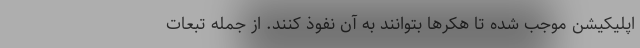
اپلیکیشن موجب شده تا هکرها بتوانند به آن نفوذ کنند. از جمله تبعات